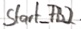
Text: Start_FB2